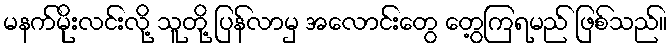
မနက်မိုးလင်းလို့ သူတို့ ပြန်လာမှ အလောင်းတွေ တွေ့ကြရမည် ဖြစ်သည်။